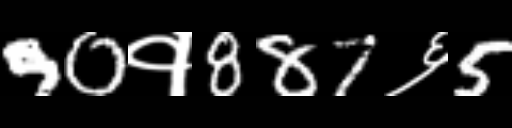
Text: 90१887६5